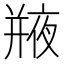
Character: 𢆣